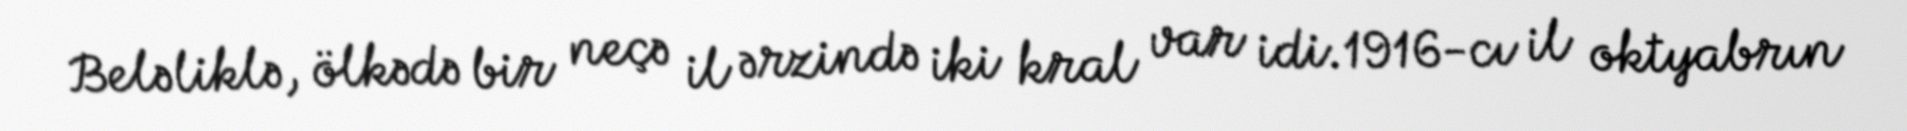
Beləliklə, ölkədə bir neçə il ərzində iki kral var idi.1916-cı il oktyabrın